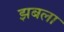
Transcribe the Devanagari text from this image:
झबला